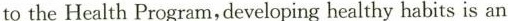
to the Health Program,developing healthy habits is an